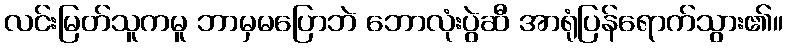
လင်းမြတ်သူကမူ ဘာမှမပြောဘဲ ဘောလုံးပွဲဆီ အာရုံပြန်ရောက်သွား၏။